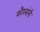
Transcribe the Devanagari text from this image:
कौरवांनीं